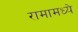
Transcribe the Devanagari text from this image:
रामामध्ये